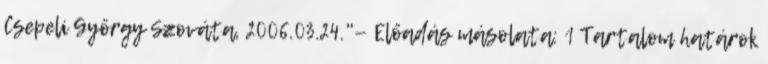
Csepeli György Szováta, 2006.03.24."— Előadás másolata: 1 Tartalom határok